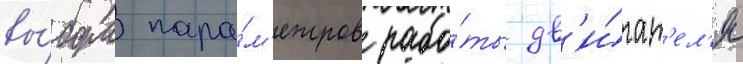
вы́бора пара́м'етров рабо́ты дв'и́гат'ел'я